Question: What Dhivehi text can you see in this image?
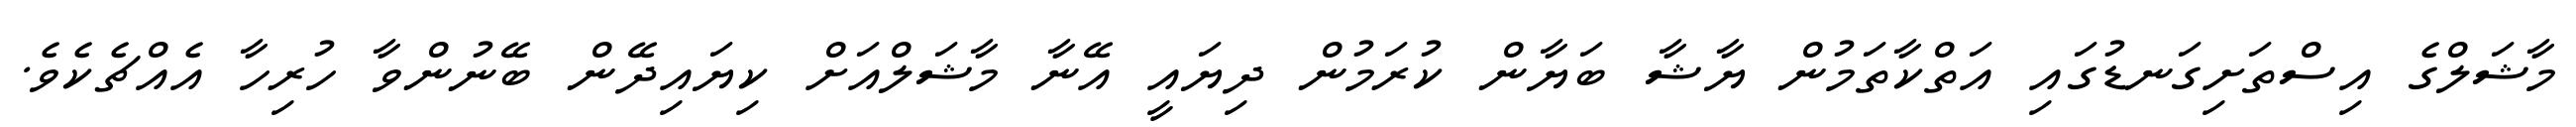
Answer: މާޝަލްގެ އިސްތަށިގަނޑުގައި އަތްކާތަމުން ޔާޝާ ބަޔާން ކުރަމުން ދިޔައީ އޭނާ މާޝަލްއަށް ކިޔައިދޭން ބޭނުންވާ ހުރިހާ އެއްޗެކެވެ.